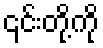
၎င်းတို့ကို